Calcutta medical institutions reports 1871-78
Year: 1871
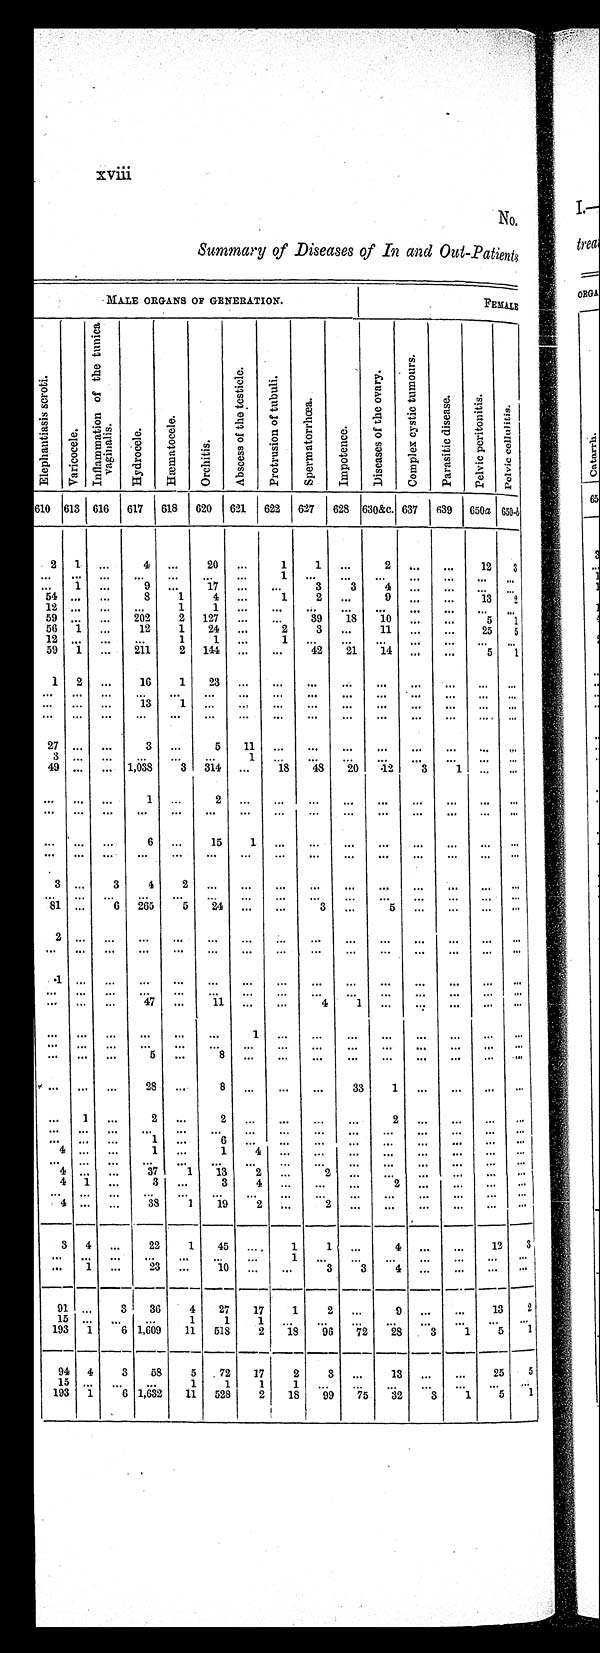
xviii
No.
Summary of Diseases of In and Out-Patients
MALE ORGANS OF GENERATION.
F E M A L E
E l e p h a n t i a s i s s c r o t i .
Var i cocel e.
I n f l a m m a t i o n o f t h e t u n i c a v a g i n a i s .
H y d r o c e l e .
H æ m a t o c e l e .
Or c h i t i s .
A b s c e s s o f t h e t e s t i c l e .
P r o t r u s i o n o f t u b u l i .
S u p e r m a t o r r h æ a .
I m p o t e n c e .
D i s e a s e s o f t h e O v a r y .
C o m p l e x c y s t i c t u m o u r s .
P a r a s i t i c d i s e a s e . P e l v i c p e r i t o n i t i s .
P e l v i c c e l l u l i t i s .
610 613 616
617
618
620
621
622
627
628 630&c. 637 639 650a 650- b
2
1
. . .
4
...
20
...
1
1
...
2
...
...
12
3
... ...
. . .
. . .
. . .
...
. . .
1
. . .
...
. . .
...
...
...
. . .
. . .
1 ...
9 ...
1 7
. . .
. . .
3 3
4 ...
...
...
. . .
5 4
. . .
...
8
1
4
. . .
1
2
. . .
9
. . .
...
13
2
12 ...
. . .
. . .
1
1
. . .
. . .
. . .
...
. . .
...
. . . .
...
. . .
59 . . .
...
202
2
127
...
. . .
39
18
10
. . .
. . .
5
. 1
56 .1
...
12
1
24
...
2
3
. . .
11 ...
...
25
5
12
. . .
...
...
1
1
. . .
1
. . .
...
. . . ...
...
...
5
59 1
...
211
2
144
...
...
42
21
14
. . .
. . .
5
1
1
2 ...
1 6
1
2 3
. . . ...
...
...
...
...
... ...
. . .
...
...
...
...
...
... ...
...
...
...
...
...
...
...
...
. . .
...
...
13
1
. . .
. . . ...
. . . ...
...
...
...
...
. . .
. . .
. . .
...
. . .
. . .
. . .
. . . ...
. . . ...
...
...
...
...
. . .
27 ...
...
3
...
5
11
...
. . . ...
...
...
...
...
. . .
3
. . .
...
. . .
...
. . .
1 ...
. . .
. . .
. . .
. . .
. . .
. . .
. . .
49 ...
... 1,038
3
314
...
18
48
20
12
3
1
...
. . .
. . .
...
. . .
1
...
2
. . . ...
...
...
...
...
...
... ...
...
...
...
...
...
...
...
...
...
...
...
...
...
...
...
...
... ...
6
...
15
1
...
...
...
...
...
...
... ...
...
...
...
...
...
...
...
...
...
...
...
...
...
...
...
3 ... 3
4 2
. . .
. . . ...
...
...
...
...
...
... ...
. . .
...
. . .
. . .
. . .
. . .
...
... ...
...
...
...
...
... ...
81 ...
6
265
5
24
...
...
3
. . .
5
...
. . .
. . . ...
2 ... ...
. . .
. . .
. . .
. . . ...
...
...
. . .
...
...
...
. . .
. . .
...
. . .
. . .
. . .
. . .
. . .
. . .
. . .
. . .
. . .
. . .
. . .
. . .
. . .
1 ... ...
. . . ...
. . .
. . . ...
...
...
...
...
...
...
. . .
...
...
...
...
...
...
...
...
... ...
...
...
...
...
. . .
. . . ... ...
4 7 ...
1 1
. . . ...
4
1 ...
...
...
...
. . .
. . . ... ...
. . . ...
. . .
1
...
. . . ...
...
...
...
...
. . .
. . .
...
...
...
. . .
...
...
...
... ...
...
...
...
...
. . .
. . . ... ...
5
. . .
8
. . . .
. . .
. . .
. . .
. . .
. . .
. . .
. . .
. . .
. . . ... ...
28
. . .
8
. . . ...
. . . 33
1
...
...
...
. . .
...
1
. . .
2
...
2
. . . ...
. . . ...
2
...
...
...
. . .
. . .
...
. . .
. . .
. . .
. . .
. . .
. . .
. . .
. . .
. . .
. . .
...
. . .
. . .
...
. . .
. . .
1
. . .
6
. . . ...
. . . ...
...
...
. . .
...
. . .
4 ... ...
1
. . .
1
4 ...
...
...
...
...
...
... ...
. . .
...
. . .
. . .
. . .
. . .
. . .
. . .
. . .
. . .
. . .
. . .
. . .
. . .
. . .
4 . . .
. . .
37
1
13
2
. . .
2 ...
...
...
...
... ...
4
1
...
3
. . .
3
4 ...
. . .
. . .
2
. . .
. . .
. . . . . .
. . .
...
...
...
. . .
. . .
... ...
...
...
...
...
...
... ...
4 ... ...
3 8
1
1 9
2
...
2
...
...
...
. . .
. . .
. . .
3
4
. . .
22
1
45
. . .
1
1
...
4
...
. . .
12
3
...
...
...
...
...
. . .
...
1
. . . ...
...
...
... ...
. . .
. . .
1 ...
23
. . .
10
. . .
. . .
3
3
. . .
. . .
. . .
. . .
...
91 ...
3
36
4
27
17
1
2
...
9
...
...
13
2
15 . . . . .
. . .
. . .
1
1
1
. . .
. . . ...
. . .
. . .
.„... ...
. . .
193 1
6 1,609
11
518
2
18
9 6 72
28
3
1
5
1
94 4
3
58
5
72
17
2
3
...
13
...
...
25
5
15 . . .
,..
. . .
1
1
1
1
. . .
. . .
. . .
...
... ...
. . .
153 1
6 1,632
11
528
2
18
.99
7 5
32
3
1
5
1